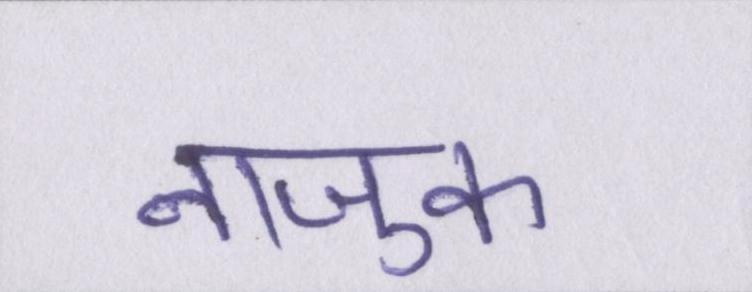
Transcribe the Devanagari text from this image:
नाजुक